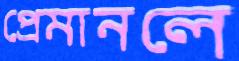
প্রেমানলে